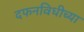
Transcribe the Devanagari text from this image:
दफनविधीच्या